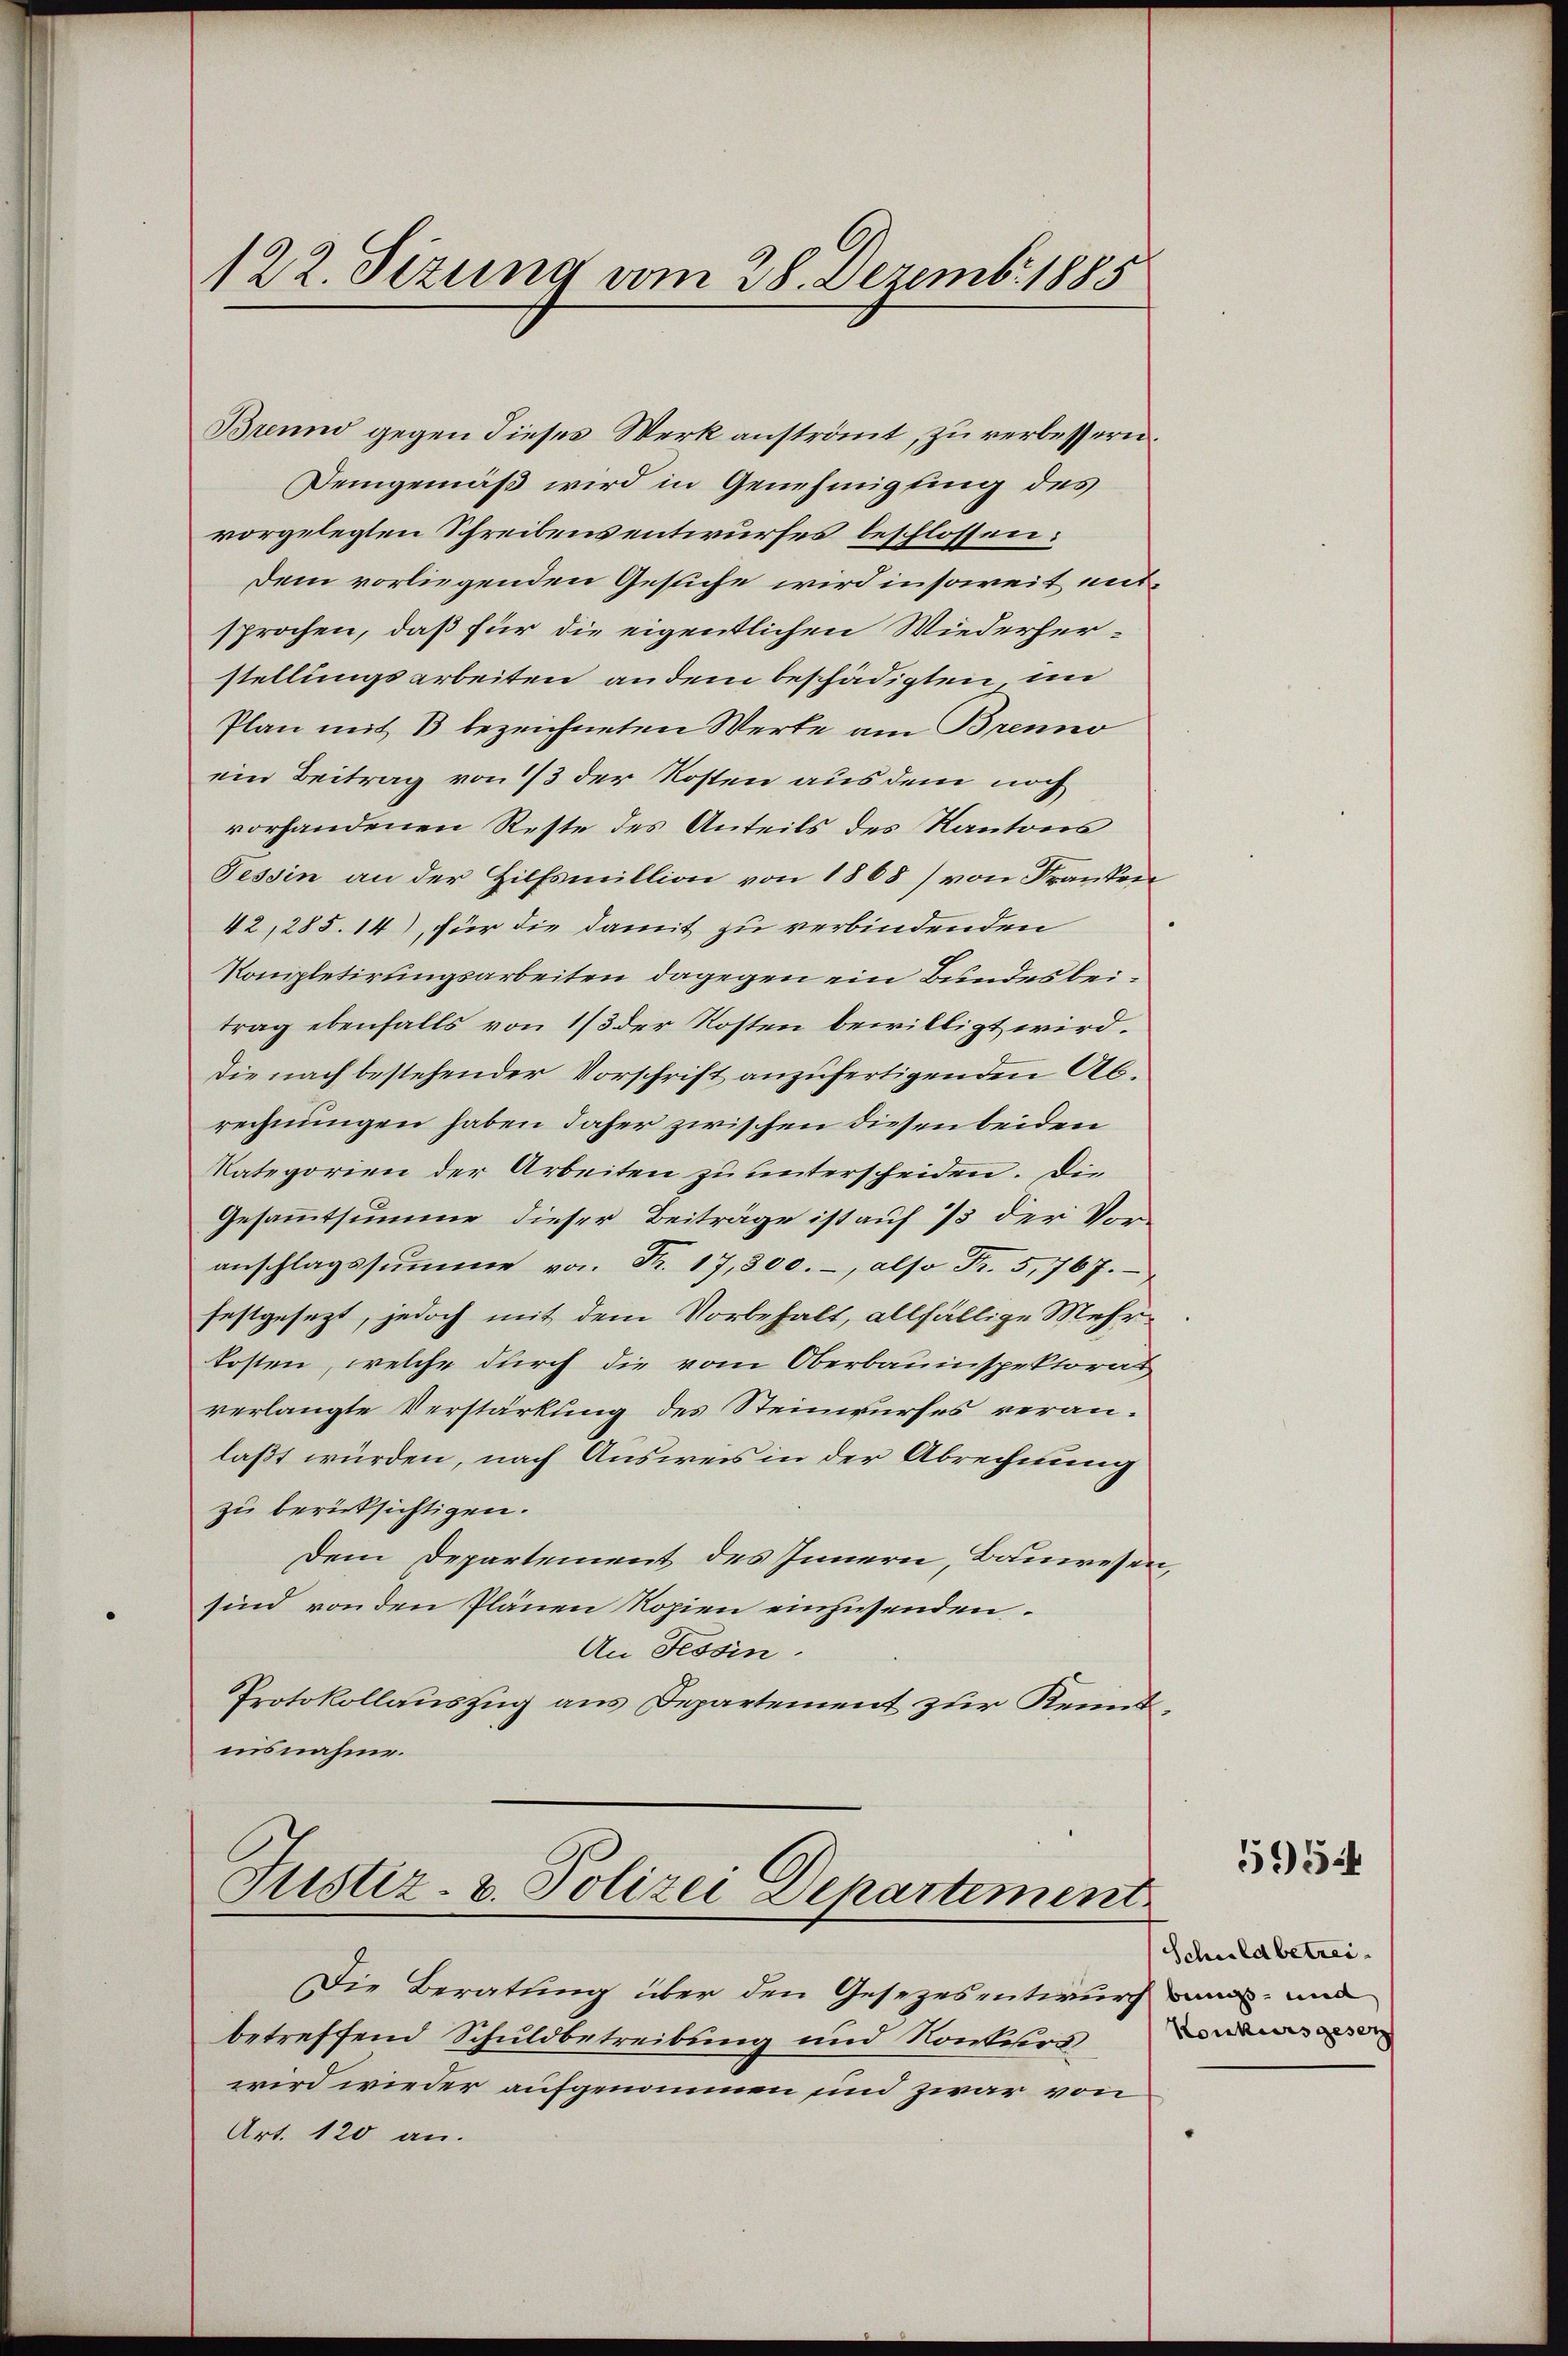
122. Sizung vom 28. Dezemb. 1885

Brennd gegen dieses Werk anströmt, zu verbessern.
Demgemäß wird in Genehmigung des
vorgelegten Schreibens entwurfes beschlossen:
Dem vorliegenden Gesuche wird insoweit entsprochen, daß für die eigentlichen Wiederherstellungsarbeiten andem beschädigten im
Plan mit B bezeichneten Werke am Brenno
ein Beitrag von 1/3 der Kosten aus dem noch
vorhandenen Reste des Anteils des Kantons
Tessin an der Hilfsmillion von 1868) von Franken
42,285. 14), für die damit zu verbindenden
Kompletirungsarbeiten dagegen ein Bundesbeitrag ebenfalls von 1/3 der Kosten bewilligt wird.
Die nach bestehender Vorschrift anzufertigenden Abrechnungen haben daher zwischen diesen beiden
Kategorien der Arbeiten zu unterscheiden. Die
Gesammtsumme dieser Beiträge ist auf 75 der Vor-
anschlagssumme von Fr. 17,300.-, also Fr. 5,767.
festgesezt, jedoch mit dem Vorbehalt, allfällige Mehrkosten, welche durch die vom Oberbauinspektorat
verlangte Verstärkung des Steinwurfes veranlaßt würden, nach Ausweis in der Abrechnung
zu berücksichtigen.
Dem Departement des Innern, Bauwesen,
sind von den Plänen Kopien einzusenden.
An Tessin.
Protokollauszug aus Departement zur Kenntnisnahme.

Justiz- & Polizei Departement

Die Beratung über den Gesezesentwurf man und
betreffend Schuldbetreibung und Konkurs,
wird wieder aufgenommen und zwar von
Art. 120 an.

Schuldbetrei¬
Konkurs gesetz

595